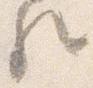
歟